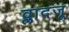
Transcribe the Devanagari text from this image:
व्लादजू